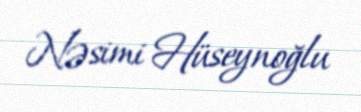
Nəsimi Hüseynoğlu